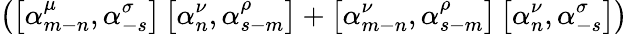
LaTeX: \left(\left[{\alpha}_{m-n}^{\mu},{\alpha}_{-s}^{\sigma}\right]\left[{\alpha}_{n}^{\nu},{\alpha}_{s-m}^{\rho}\right]+\left[{\alpha}_{m-n}^{\nu},{\alpha}_{s-m}^{\rho}\right]\left[{\alpha}_{n}^{\nu},{\alpha}_{-s}^{\sigma}\right]\right)